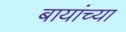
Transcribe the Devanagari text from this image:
बायांच्या